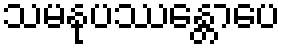
သမနုပဿန္တောပေ